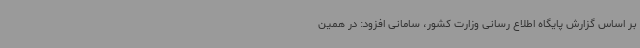
بر اساس گزارش پایگاه اطلاع رسانی وزارت کشور، سامانی افزود: در همین